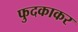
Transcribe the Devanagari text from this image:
फुदकाकर